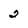
Character: 2